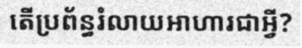
តើប្រព័ន្ធរំលាយអាហារជាអ្វី?